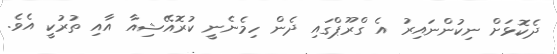
ދެކޮޅަށް ނިކުންނައިރު އެ ގްރޫޕްގައި ދެން ހިމެނެނީ ކުރޮއޭޝިއާ އާއި ތުރުކީ އެވެ.